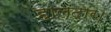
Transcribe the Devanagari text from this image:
हालदार।